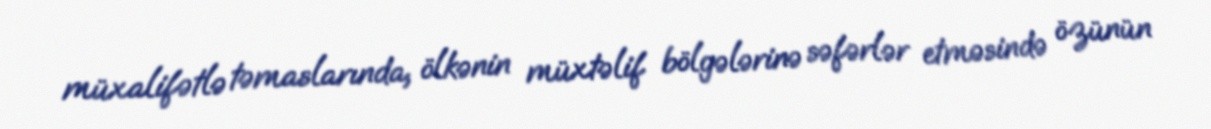
müxalifətlə təmaslarında, ölkənin müxtəlif bölgələrinə səfərlər etməsində özünün